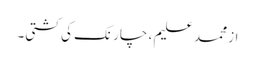
از محمد علیم ، چارنک کی کشتی۔